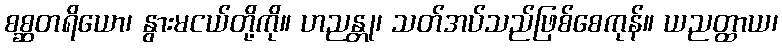
စစ္ဆတရိယော၊ နွားမငယ်တို့ကို။ ဟညန္တု၊ သတ်အပ်သည်ဖြစ်စေကုန်။ ယညတ္ထာယ၊